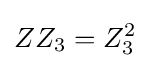
ZZ_{3}=Z_{3}^{2}